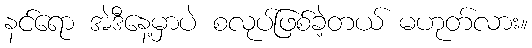
နင်ရော အဲဒီနေ့မှာပဲ စလုပ်ဖြစ်ခဲ့တယ် မဟုတ်လား။